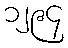
၁၂၉၄